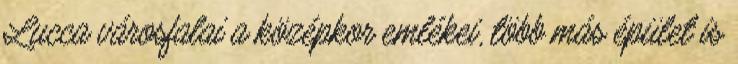
Lucca városfalai a középkor emlékei, több más épület is